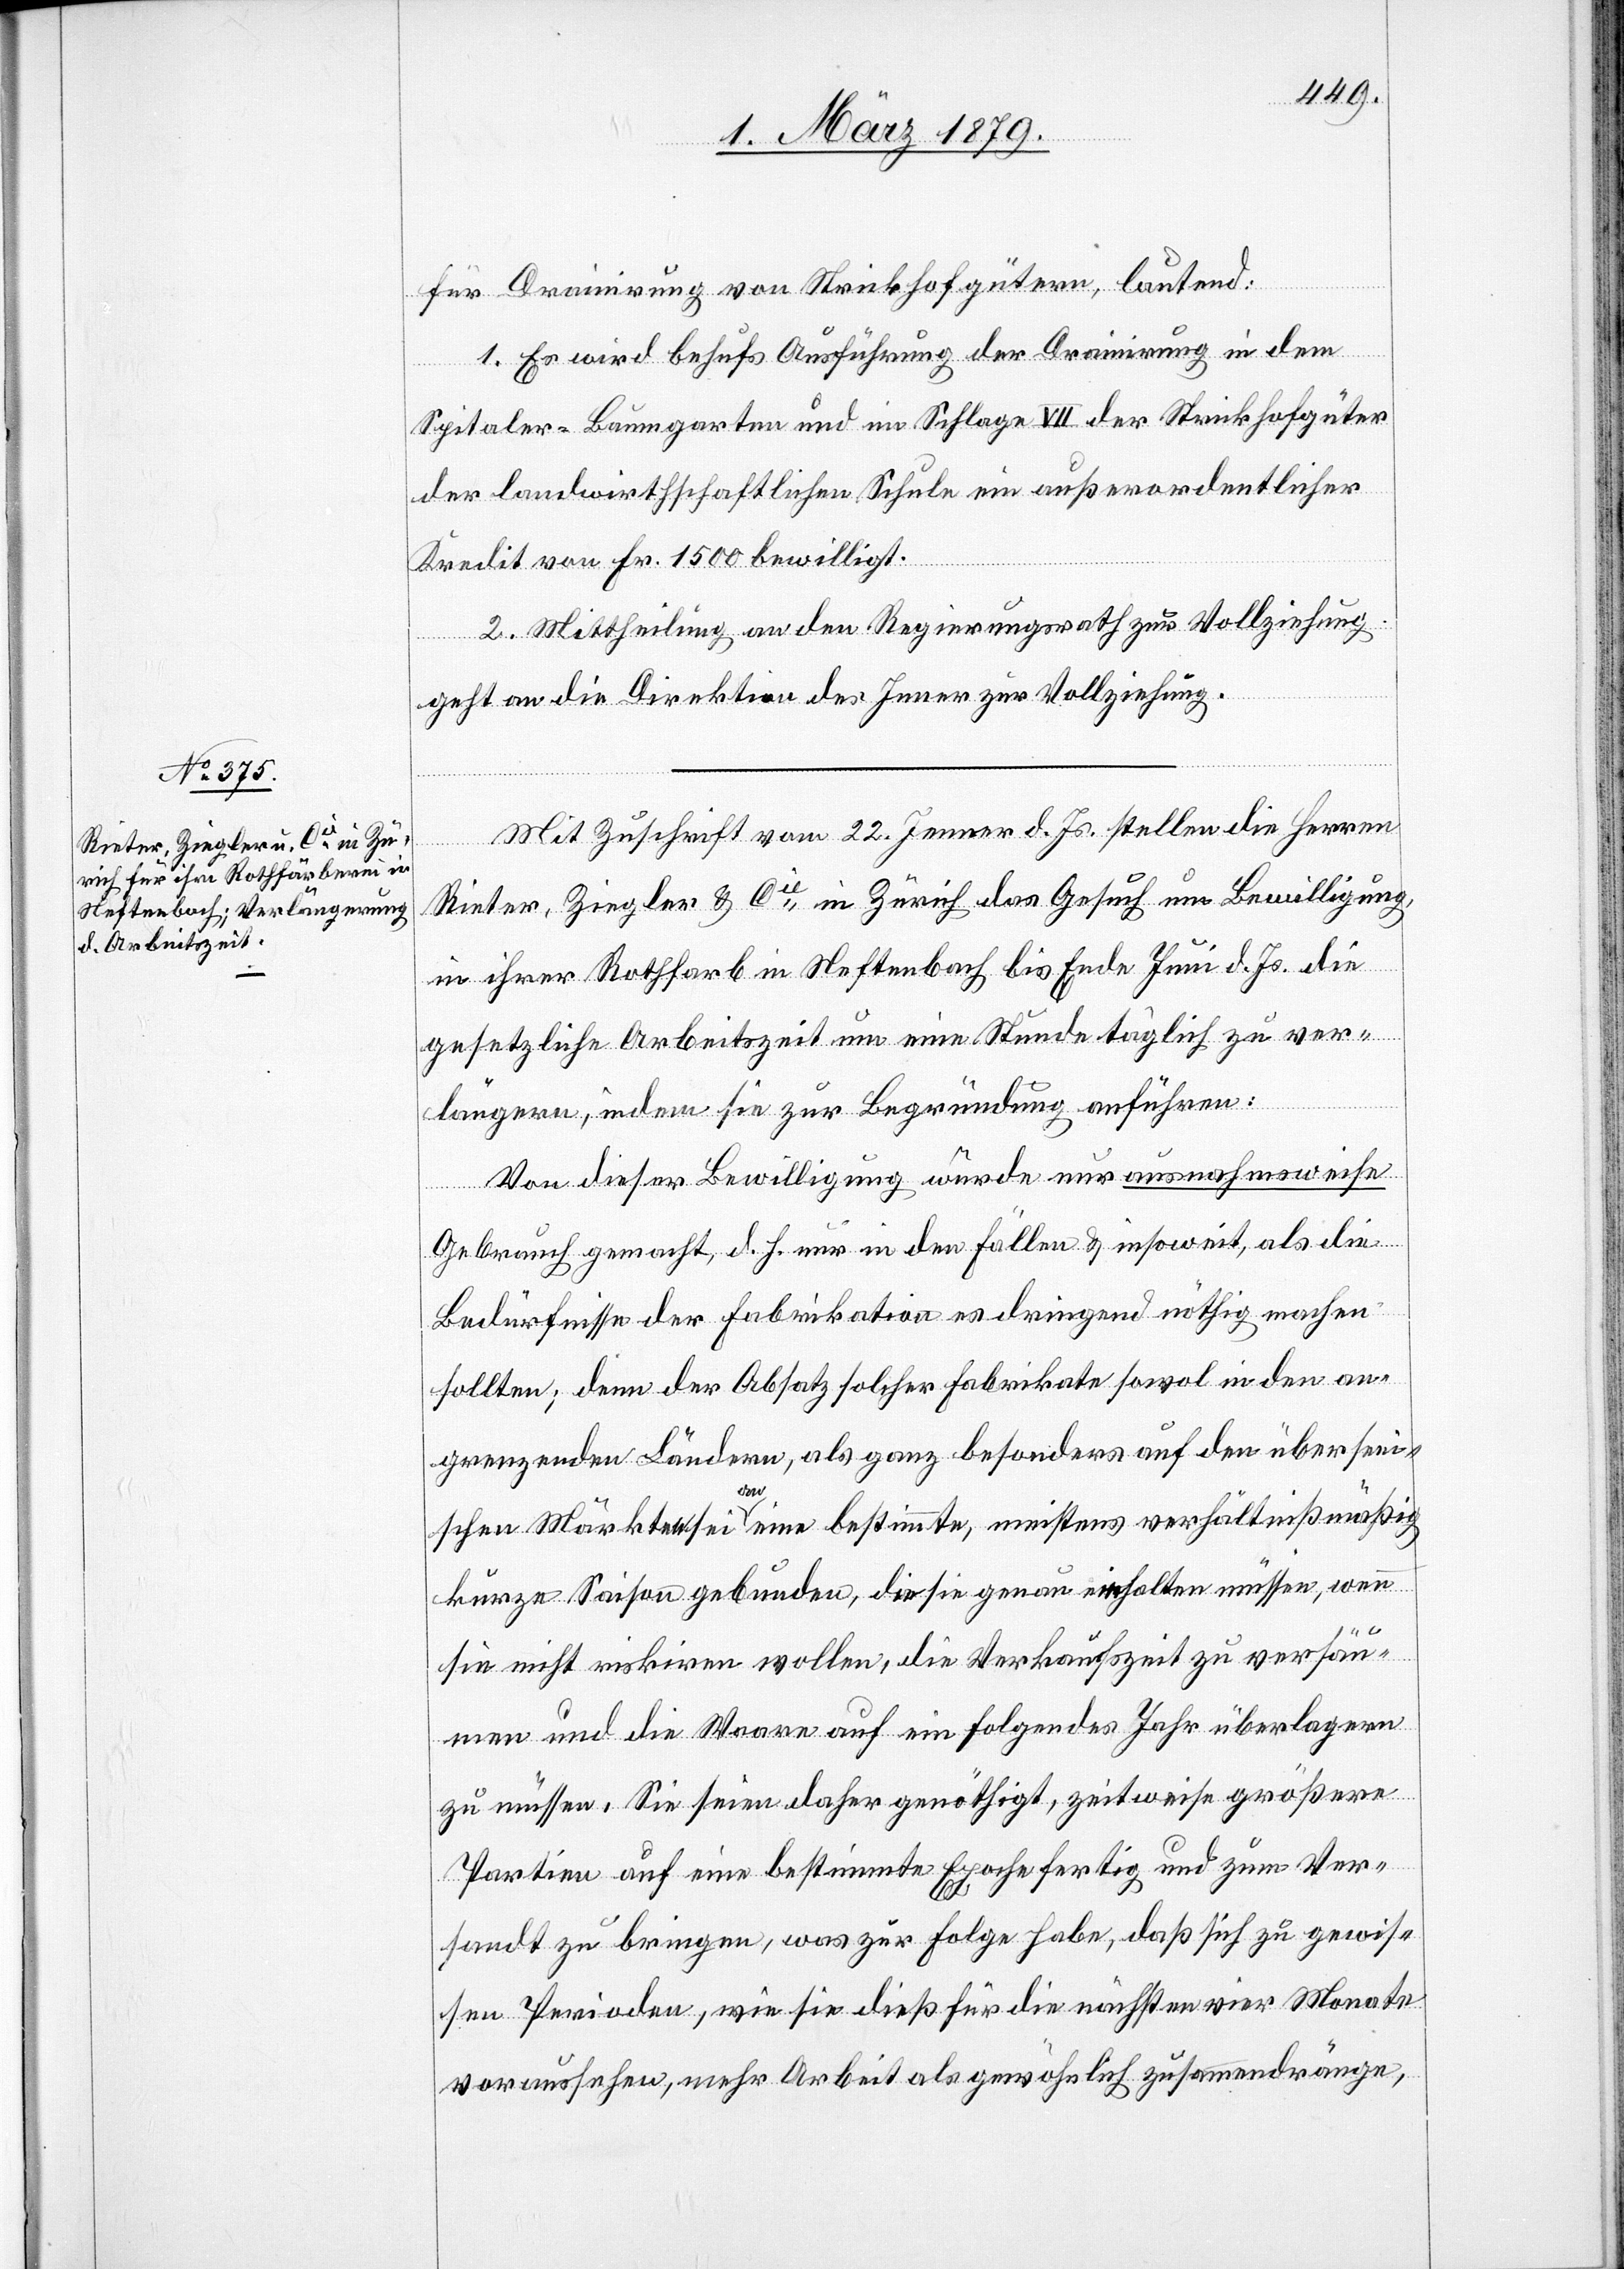
für Drainirung von Strickhofgütern, lautend:
1. Es wird behufs Ausführung der Drainirung in dem
Spitaler-Baumgarten und im Schlage VII der Strickhofgüter
der landwirthschaftlichen Schule ein außerordentlicher
Kredit von Fr. 1500 bewilligt.
2. Mittheilung an den Regierungsrath zur Vollziehung.
geht an die Direktion des Innern zur Vollziehung.
Mit Zuschrift vom 22. Jenner d. Js. stellen die Herren
Rieter, Ziegler & Cie in Zürich das Gesuch um Bewilligung,
in ihrer Rothfarb in Neftenbach bis Ende Juni d. Js. die
gesetzliche Arbeitszeit um eine Stunde täglich zu ver¬
längern, indem sie zur Begründung anführen:
Von dieser Bewilligung würde nur ausnahmsweise
Gebrauch gemacht, d. h. nur in den Fällen & insoweit, als die
Bedürfnisse der Fabrikation es dringend nöthig machen
sollten; denn der Absatz solcher Fabrikate sowol in den an¬
grenzenden Ländern, als ganz besonders auf den überseei¬
sandt
schen Märkten sei an eine bestimmte, meistens verhältnißmäßig
kurze Saison gebunden, die sie genau einhalten müssen, wenn
sie nicht riskiren wollen, die Verkaufszeit zu versäu¬
men und die Waare auf ein folgendes Jahr überlagern
zu müssen. Sie seien daher genöthigt, zeitweise größere
Partien auf eine bestimmte Epoche fertig und zum Ver¬
[sic!] zu bringen, was zur Folge habe, daß sich zu gewis¬
sen Perioden, wie sie dieß für die nächsten vier Monate
voraussehen, mehr Arbeit als gewöhnlich zusammendränge,